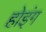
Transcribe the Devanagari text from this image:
होइंग